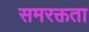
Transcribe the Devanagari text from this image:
समरक्तता